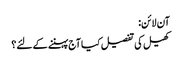
آن لائن:
کھیل کی تفصیل کیا آج پہننے کے لئے؟